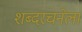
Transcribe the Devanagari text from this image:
शब्दरचनेला